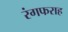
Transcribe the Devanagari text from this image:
रंगफराह